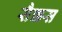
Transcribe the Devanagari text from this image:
सैक्कस